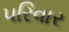
૫રિવાર